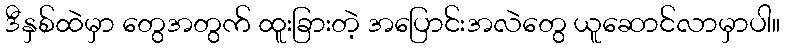
ဒီနှစ်ထဲမှာ တွေအတွက် ထူးခြားတဲ့ အပြောင်းအလဲတွေ ယူဆောင်လာမှာပါ။